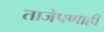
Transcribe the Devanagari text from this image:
ताजेपणाही